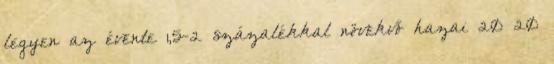
legyen az évente 1,5-2 százalékkal növekvő hazai 20 20